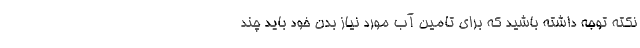
نکته توجه داشته باشید که برای تامین آب مورد نیاز بدن خود باید چند